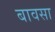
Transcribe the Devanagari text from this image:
बावसा